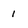
Character: 1